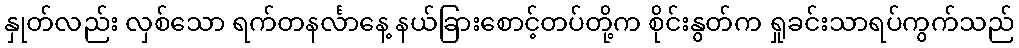
နှုတ်လည်း လှစ်သော ရက်တနင်္လာနေ့ နယ်ခြားစောင့်တပ်တို့က စိုင်းနွတ်က ရှုခင်းသာရပ်ကွက်သည်